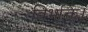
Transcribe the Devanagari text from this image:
विभक्ति।